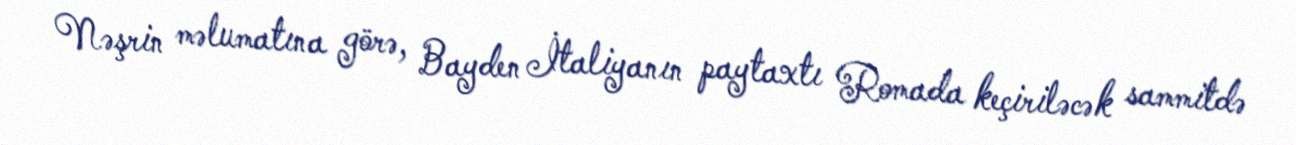
Nəşrin məlumatına görə, Bayden İtaliyanın paytaxtı Romada keçiriləcək sammitdə